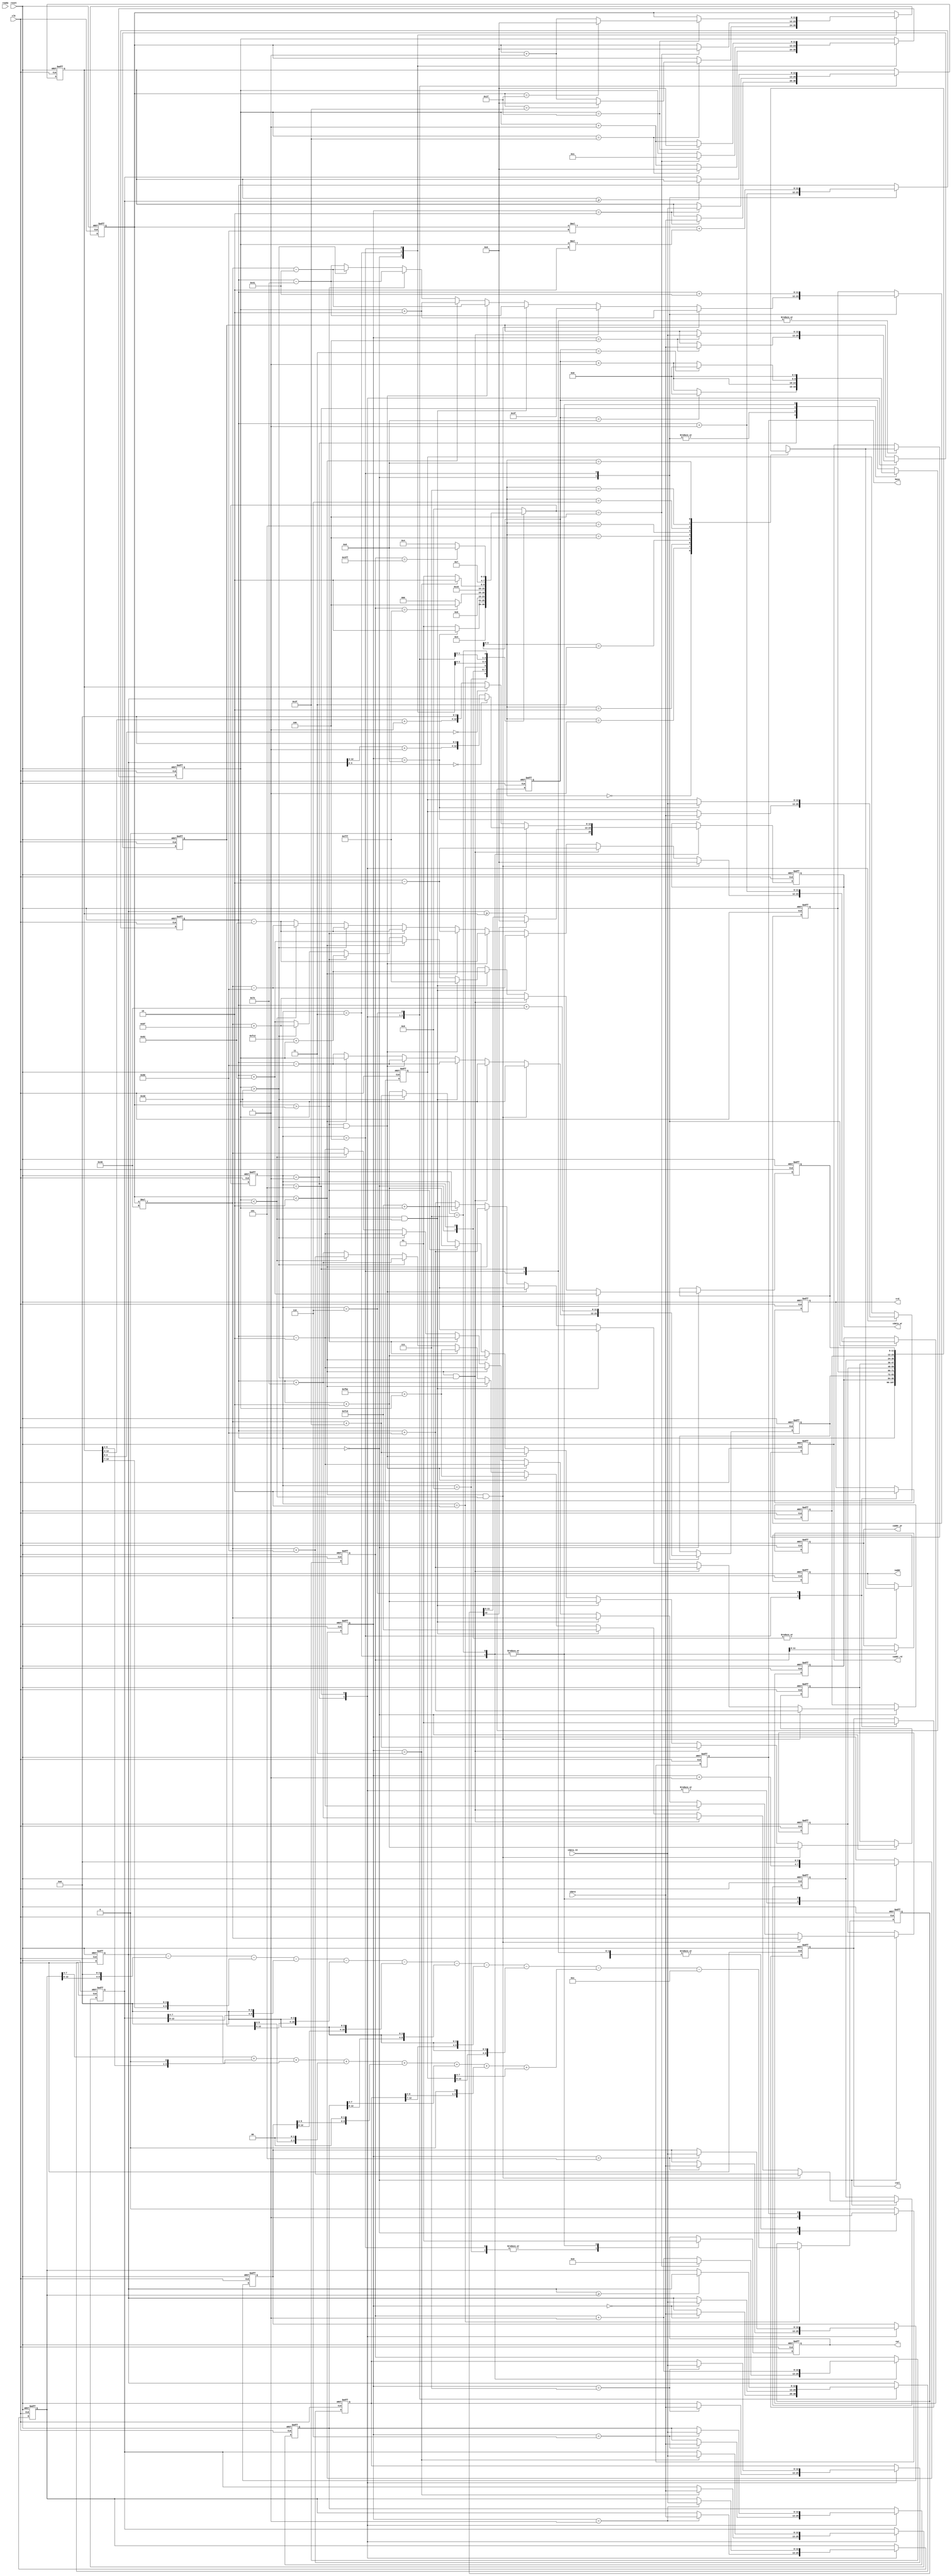
`timescale 1ns/10ps
module  ATCONV(
	input		clk,
	input		reset,
	output	reg	busy,	
	input		ready,	
			
	output reg	[11:0]	iaddr,
	input signed [12:0]	idata,
	
	output	reg 	cwr,
	output  reg	[11:0]	caddr_wr,
	output reg 	[12:0] 	cdata_wr,
	
	output	reg 	crd,
	output reg	[11:0] 	caddr_rd,
	input 	[12:0] 	cdata_rd,
	
	output reg 	csel
	);

//=================================================
//            write your design below
//=================================================

integer idxZero=3'b000;
parameter A=4'd0,B=4'd1,C=4'd2,D=4'd3,E=4'd4,F=4'd5,G=4'd6,H=4'd7,I=4'd8,J=4'd9;
reg [3:0] state,next_state;

reg [11:0] i,j;

reg [12:0] select[8:0];
reg [3:0] ptrSelect;

reg [11:0] nextAddr[8:0];
reg [4:0] ptrNextAddr;

reg [12:0] tmpResult;
reg [12:0] ptrLayer0;

always@(posedge clk,posedge reset)
	if(reset) state <= J;
	else state <= next_state;

always@(*)
	case(state)
		J:next_state = A;
		A:next_state = B;
		B:begin
			if(ptrSelect == 4'd8)next_state = C;
			else next_state = B;
		end
		C:next_state = D;
		D:begin
			if(ptrLayer0 == 13'd4095) next_state = E;
			else next_state = A;
		end
		E:next_state = F;
		F:begin
			if(ptrSelect == 4'd3)next_state = G;
			else next_state = F;
		end
		G:next_state = H;
		H:begin
			if(ptrLayer0 == 13'd1023) next_state = I;
			else next_state = E;
		end
		default:next_state = J;
	endcase

always @(posedge clk,posedge reset)
	if(reset)begin
		busy <= 1'b0;
		iaddr <= 12'd0;

		cwr <= 1'b0;
		caddr_wr <= 12'd0;
		cdata_wr <= 13'd0;

		crd <= 1'b0;
		caddr_rd <= 12'd0;

		csel <= 1'b0;

		i <= 12'd0;
		j <= 12'd0;

		ptrSelect <= 4'd0;
		for(idxZero=0;idxZero<9;idxZero=idxZero+1)select[idxZero] <= 13'd0;

		ptrNextAddr <= 5'd0;
		for(idxZero=0;idxZero<9;idxZero=idxZero+1)nextAddr[idxZero] <= 12'd0;

		tmpResult <= 13'd0;
		ptrLayer0 <= 13'd0;
	end
	else
		case (state)
			J:begin
				cwr <= 1'b0;
			end
            A:begin
				busy <= 1'b1;
				iaddr <= nextAddr[ptrNextAddr];
				ptrNextAddr <= ptrNextAddr + 1'b1;
				nextAddr[0] <= nextAddr[0]+1'b1;
				//
				if(i<12'd2 & j<12'd2)begin
					nextAddr[1] <= 12'd0;
					nextAddr[2] <= j;
					nextAddr[3] <= j+12'd2;
					nextAddr[4] <= i*12'd64;
					nextAddr[5] <= nextAddr[0]+12'd2;
					nextAddr[6] <= 12'd64*i+12'd128;
					nextAddr[7] <= nextAddr[0]+12'd128;
					nextAddr[8] <= nextAddr[0]+12'd130;
				end
				//
				else if(i<12'd2 & j>12'd61)begin
					nextAddr[1] <= j-12'd2;
					nextAddr[2] <= j;
					nextAddr[3] <= 12'd63;
					nextAddr[4] <= nextAddr[0]-12'd2;
					nextAddr[5] <= i*12'd64+12'd63;
					nextAddr[6] <= nextAddr[0]+12'd126;
					nextAddr[7] <= nextAddr[0]+12'd128;
					nextAddr[8] <= 12'd64*i+12'd191;
				end
				//
				else if(i>12'd61 & j<12'd2)begin
					nextAddr[1] <= 12'd64*i-12'd128;
					nextAddr[2] <= nextAddr[0]-12'd128;
					nextAddr[3] <= nextAddr[0]-12'd126;
					nextAddr[4] <= 12'd64*i;
					nextAddr[5] <= nextAddr[0]+12'd2;
					nextAddr[6] <= 12'd4032;
					nextAddr[7] <= 12'd4032+j;
					nextAddr[8] <= 12'd4034+j;
				end
				//
				else if(i>12'd61 & j>12'd61)begin
					nextAddr[1] <= nextAddr[0]-12'd130;
					nextAddr[2] <= nextAddr[0]-12'd128;
					nextAddr[3] <= 12'd64*i-12'd65;
					nextAddr[4] <= nextAddr[0]-12'd2;
					nextAddr[5] <= 12'd64*i+12'd63;
					nextAddr[6] <= 12'd4030+j;
					nextAddr[7] <= 12'd4032+j;
					nextAddr[8] <= 12'd4095;
				end
				//
				else if(i<12'd2)begin
					nextAddr[1] <= j-12'd2;
					nextAddr[2] <= j;
					nextAddr[3] <= j+12'd2;
					nextAddr[4] <= nextAddr[0]-12'd2;
					nextAddr[5] <= nextAddr[0]+12'd2;
					nextAddr[6] <= nextAddr[0]+12'd126;
					nextAddr[7] <= nextAddr[0]+12'd128;
					nextAddr[8] <= nextAddr[0]+12'd130;
				end
				//
				else if(i>12'd61)begin
					nextAddr[1] <= nextAddr[0]-12'd130;
					nextAddr[2] <= nextAddr[0]-12'd128;
					nextAddr[3] <= nextAddr[0]-12'd126;
					nextAddr[4] <= nextAddr[0]-12'd2;
					nextAddr[5] <= nextAddr[0]+12'd2;
					nextAddr[6] <= 12'd4030+j;
					nextAddr[7] <= 12'd4032+j;
					nextAddr[8] <= 12'd4034+j;
				end
				//
				else if(j>12'd61)begin
					nextAddr[1] <= nextAddr[0]-12'd130;
					nextAddr[2] <= nextAddr[0]-12'd128;
					nextAddr[3] <= 12'd64*i-12'd65;
					nextAddr[4] <= nextAddr[0]-12'd2;
					nextAddr[5] <= 12'd64*i+12'd63;
					nextAddr[6] <= nextAddr[0]+12'd126;
					nextAddr[7] <= nextAddr[0]+12'd128;
					nextAddr[8] <= 12'd64*i+12'd191;
				end
				//
				else if(j<12'd2)begin
					nextAddr[1] <= 12'd64*i-12'd128;
					nextAddr[2] <= nextAddr[0]-12'd128;
					nextAddr[3] <= nextAddr[0]-12'd126;
					nextAddr[4] <= 12'd64*i;
					nextAddr[5] <= nextAddr[0]+12'd2;
					nextAddr[6] <= 12'd64*i+12'd128;
					nextAddr[7] <= nextAddr[0]+12'd128;
					nextAddr[8] <= nextAddr[0]+12'd130;
				end
				//
				else begin
					nextAddr[1] <= nextAddr[0]-12'd130;
					nextAddr[2] <= nextAddr[0]-12'd128;
					nextAddr[3] <= nextAddr[0]-12'd126;
					nextAddr[4] <= nextAddr[0]-12'd2;
					nextAddr[5] <= nextAddr[0]+12'd2;
					nextAddr[6] <= nextAddr[0]+12'd126;
					nextAddr[7] <= nextAddr[0]+12'd128;
					nextAddr[8] <= nextAddr[0]+12'd130;
				end

				if(j==12'd63)begin
					if(i==12'd63)begin
						i <= 12'd0;
						j <= 12'd0;
					end
					else begin
						i <= i + 1'b1;
						j <= 12'd0;
					end 
				end
				else j <= j + 1'b1;
			end
			B:begin
				iaddr <= nextAddr[ptrNextAddr];
				select[ptrSelect] <= idata;
				ptrSelect <= ptrSelect + 1'b1;
				if(ptrNextAddr == 4'd8)ptrNextAddr <= 13'd0;
				else ptrNextAddr <= ptrNextAddr + 1'b1;
			end
			C:begin
				tmpResult <= (select[0]
								-{4'b0000,select[1][12:8],4'b0000}
								-{3'b000 ,select[2][12:7],4'b0000}
								-{4'b0000,select[3][12:8],4'b0000}
								-{2'b00  ,select[4][12:6],4'b0000}
								-{2'b00  ,select[5][12:6],4'b0000}
								-{4'b0000,select[6][12:8],4'b0000}
								-{3'b000 ,select[7][12:7],4'b0000}
								-{4'b0000,select[8][12:8],4'b0000})
								-
								({9'd0,select[1][7:4]}
								+{9'd0,select[2][6:4],1'd0}
								+{9'd0,select[3][7:4]}
								+{9'd0,select[4][5:4],2'd0}
								+{9'd0,select[5][5:4],2'd0}
								+{9'd0,select[6][7:4]}
								+{9'd0,select[7][6:4],1'd0}
								+{9'd0,select[8][7:4]})
								-13'd12;
			end
			D:begin
				cwr <= 1'b1;
				caddr_wr <= ptrLayer0;
				ptrLayer0 <= ptrLayer0 + 1'b1;
				ptrNextAddr <= 13'd0;
				ptrSelect <= 13'd0;
				if(tmpResult[12] == 1'd1) cdata_wr <= 13'd0;
				else cdata_wr <= tmpResult;

				if(next_state == E)begin
					i <= 13'd0;
					j <= 13'd1;
					ptrLayer0 <= 13'd0;
				end
				else begin
					i <= i;
					j <= j;
				end
			end
			E:begin
				csel <= 1'b0;
				cwr <= 1'b0;
				crd <= 1'b1;
				caddr_rd <= nextAddr[ptrNextAddr];
				ptrNextAddr <= ptrNextAddr + 1'd1;
				nextAddr[0] <= i*13'd128+j*13'd2;
				nextAddr[1] <= nextAddr[0] + 1'd1;
				nextAddr[2] <= nextAddr[0] + 13'd64;
				nextAddr[3] <= nextAddr[0] + 13'd65;

				if(j==12'd31)begin
					if(i==12'd31)begin
						i <= 12'd0;
						j <= 12'd0;
					end
					else begin
						i <= i + 1'b1;
						j <= 12'd0;
					end 
				end
				else j <= j + 1'd1;
			end
			F:begin
				caddr_rd <= nextAddr[ptrNextAddr];
				select[ptrSelect] <= cdata_rd;
				ptrSelect <= ptrSelect + 1'b1;
				if(ptrNextAddr == 4'd3)ptrNextAddr <= 13'd0;
				else ptrNextAddr <= ptrNextAddr + 1'b1;
			end
			G:begin
				csel <= 1'b1;
				crd <= 1'b0;
				if(select[0] >= select[1])select[0] <= select[0];
				else select[0] <= select[1];

				if(select[2] >= select[3])select[2] <= select[2];
				else select[2] <= select[3];
			end
			H:begin
				cwr <= 1'b1;
				caddr_wr <= ptrLayer0;
				ptrLayer0 <= ptrLayer0 + 1'b1;
				ptrNextAddr <= 13'd0;
				ptrSelect <= 13'd0;
				if(select[0] >= select[2])begin
					if(select[0][3:0] == 4'b0)cdata_wr <= select[0];
					else cdata_wr <= {select[0][12:4] + 1'b1 , 4'b0};
				end
				else begin
					if(select[2][3:0] == 4'b0)cdata_wr <= select[2];
					else cdata_wr <= {select[2][12:4] + 1'b1 , 4'b0};
				end
			end
            default:begin
				busy <= 1'b0;
			end
        endcase

endmodule